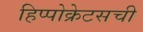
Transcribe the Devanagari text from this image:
हिप्पोक्रेटसची